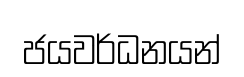
ජයවර්ධනයන්